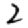
Digit: 2